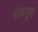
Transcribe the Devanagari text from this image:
शकपूर्व